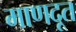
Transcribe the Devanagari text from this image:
माणदूत